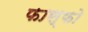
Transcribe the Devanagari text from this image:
फास्फो